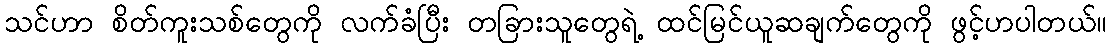
သင်ဟာ စိတ်ကူးသစ်တွေကို လက်ခံပြီး တခြားသူတွေရဲ့ ထင်မြင်ယူဆချက်တွေကို ဖွင့်ဟပါတယ်။